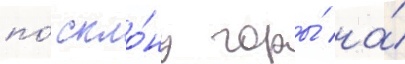
по́ скло́ну горы́ на́